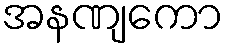
အနဏျကော